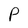
Character: P